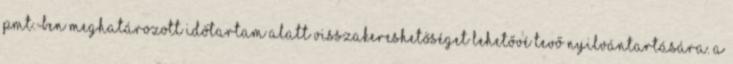
Pmt.-ben meghatározott időtartam alatt visszakereshetőséget lehetővé tevő nyilvántartására. A